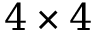
4 \times 4